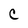
Character: C